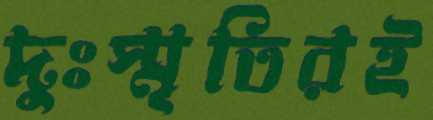
দুঃস্মৃতিরই